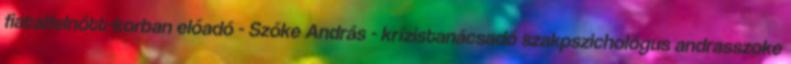
fiatalfelnőtt-korban előadó - Szőke András - krízistanácsadó szakpszichológus andrasszoke